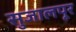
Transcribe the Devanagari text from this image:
सुजालपूर